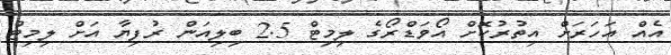
އެއް އަހަރަށް އިތުރުކޮށް އޯވަޑްރޯގެ ލިމިޓް 2.5 ބިލިއަން ރުފިޔާ އަށް ލިމިޓް